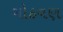
ગોઠવણ